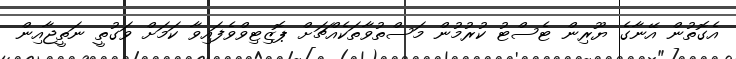
އެގޮތުން އޭނާގެ ޔޫރިން ޓެސްޓު ކުރުމުން މަސްތުވާތަކެއްޗަށް ޕޮޒިޓިވްވެފައިވާ ކަމަށް ވަގުތީ ނަތީޖާއިން